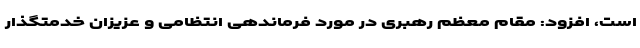
است، افزود: مقام معظم رهبری در مورد فرماندهی انتظامی و عزیزان خدمتگذار